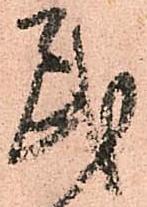
民